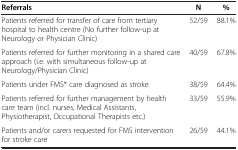
| Referrals | N | % |
 | --- | --- | --- |
 | Patients referred for transfer of care from tertiary hospital to health centre (No further follow-up at Neurology or Physician Clinic) | 52/59 | 88.1% |
 | Patients referred for further monitoring in a shared care approach (i.e. with simultaneous follow-up at Neurology/Physician Clinic) | 40/59 | 67.8% |
 | Patients under FMS* care diagnosed as stroke | 38/59 | 64.4% |
 | Patients referred for further management by health care team (incl. nurses, Medical Assistants, Physiotherapist, Occupational Therapists etc.) | 33/59 | 55.9% |
 | Patients and/or carers requested for FMS intervention for stroke care | 26/59 | 44.1% |